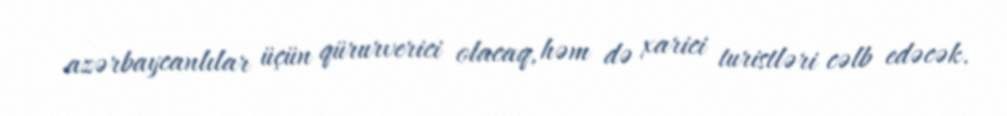
azərbaycanlılar üçün qürurverici olacaq, həm də xarici turistləri cəlb edəcək.